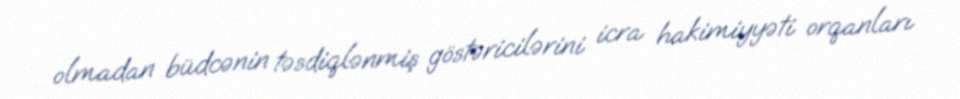
olmadan büdcənin təsdiqlənmiş göstəricilərini icra hakimiyyəti orqanları